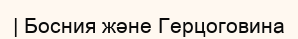
| Босния және Герцоговина